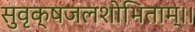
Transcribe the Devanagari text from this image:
सुवृक्षजलशोभिताम्।।